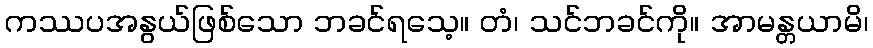
ကဿပအနွယ်ဖြစ်သော ဘခင်ရသေ့။ တံ၊ သင်ဘခင်ကို။ အာမန္တယာမိ၊